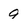
Character: 9